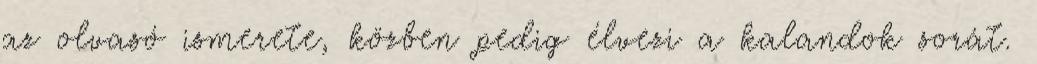
az olvasó ismerete, közben pedig élvezi a kalandok sorát.